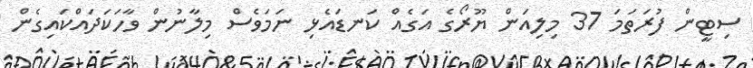
ސިޓީން ފުރަތަމަ 37 މިލިއަން ޔޫރޯގެ އަގެއް ކަނޑައެޅި ނަމަވެސް މިލާނުން ވާހަކަދައްކައިގެން